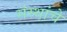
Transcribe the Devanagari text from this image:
संस्‍थांचे